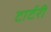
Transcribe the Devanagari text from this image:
टार्टरी